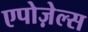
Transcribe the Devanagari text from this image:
एपोज़ेल्स